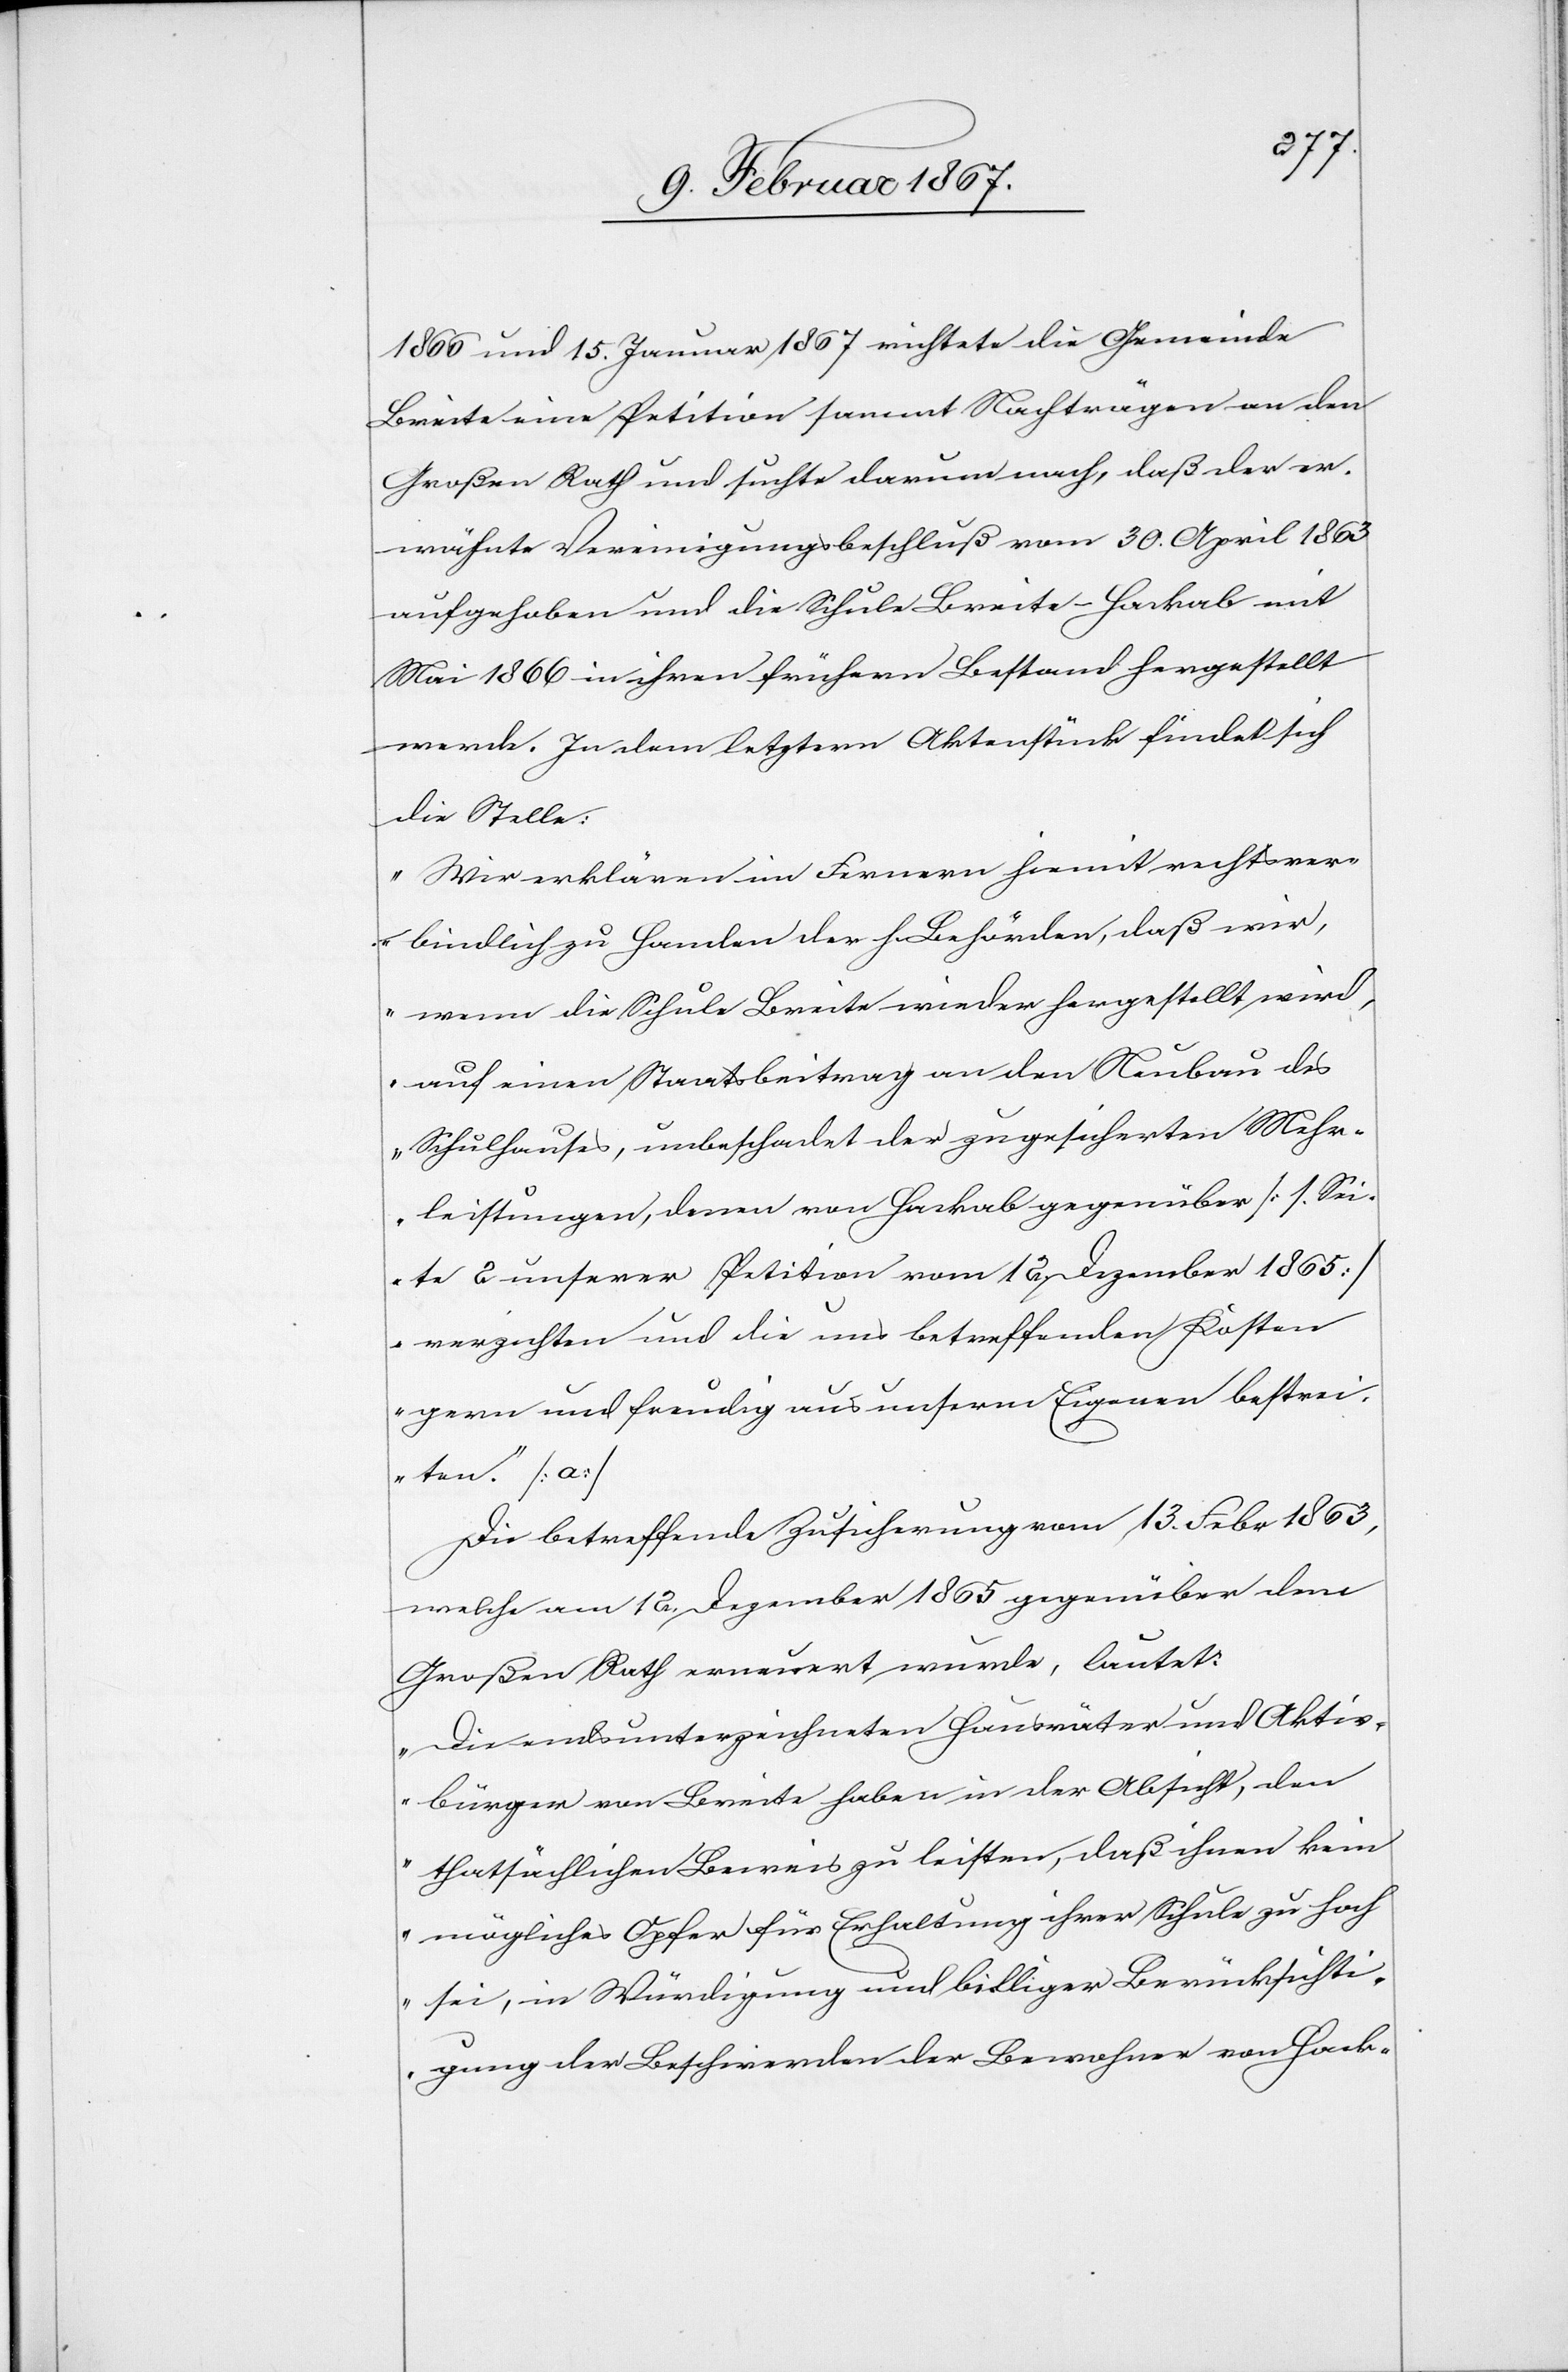
1866 und 15. Januar 1867 richtete die Gemeinde
Breite eine Petition sammt Nachträgen an den
Großen Rath und suchte darum nach, daß der er¬
wähnte Vereinigungsbeschluß vom 30. April 1863
aufgehoben und die Schule Breite-Hackab mit
Mai 1866 in ihren frühern Bestand hergestellt
werde. In dem letztern Aktenstück findet sich
die Stelle:
„Wir erklären im Fernern hiemit rechtsver¬
bindlich zu Handen der h. Behörden, daß wir,
wenn die Schule Breite wieder hergestellt wird,
auf einen Staatsbeitrag an den Neubau des
Schulhauses, unbeschadet der zugesicherten Mehr¬
leistungen, denen von Hackab gegenüber [s. Sei¬
te 2 unserer Petition vom 12. Dezember 1865]
verzichten und die uns betreffenden Kosten
gern und freudig aus unserm Eigenen bestrei¬
ten.“ [a]
Die betreffende Zusicherung vom 13. Febr 1863,
welche am 12. Dezember 1865 gegenüber dem
Großen Rath erneuert wurde, lautet:
„Die endsunterzeichneten Hausväter und Aktiv¬
bürger von Breite haben in der Absicht, den
thatsächlichen Beweis zu leisten, daß ihnen kein
mögliches Opfer für Erhaltung ihrer Schule zu hoch
sei, in Würdigung und billiger Berücksichti¬
gung der Beschwerde der Bewohner von Hack-